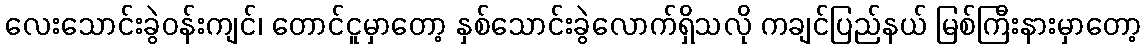
လေးသောင်းခွဲဝန်းကျင်၊ တောင်ငူမှာတော့ နှစ်သောင်းခွဲလောက်ရှိသလို ကချင်ပြည်နယ် မြစ်ကြီးနားမှာတော့